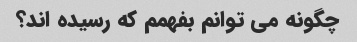
چگونه می توانم بفهمم که رسیده اند؟